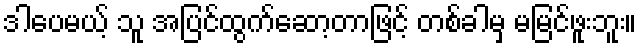
ဒါပေမယ့် သူ အပြင်ထွက်ဆော့တာဖြင့် တစ်ခါမှ မမြင်ဖူးဘူး။